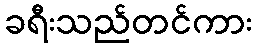
ခရီးသည်တင်ကား